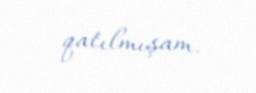
qatılmışam.